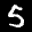
Label: 5